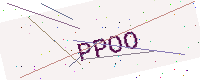
Text: PPOO